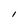
Character: l